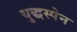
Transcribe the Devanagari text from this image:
युद्धस्पेन